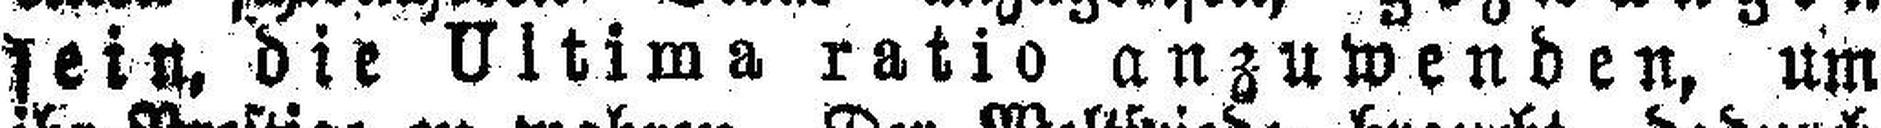
sein, die Ultima ratio anzuwenden, um